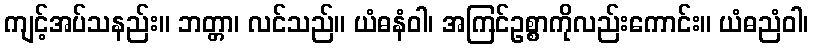
ကျင့်အပ်သနည်း။ ဘတ္တာ၊ လင်သည်။ ယံဓနံဝါ၊ အကြင်ဥစ္စာကိုလည်းကောင်း။ ယံဓညံဝါ၊